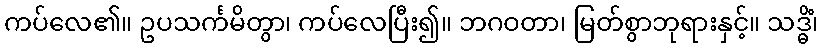
ကပ်လေ၏။ ဥပသင်္ကမိတွာ၊ ကပ်လေပြီး၍။ ဘဂဝတာ၊ မြတ်စွာဘုရားနှင့်။ သဒ္ဓိံ၊